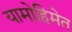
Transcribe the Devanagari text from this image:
यामोहिमेत